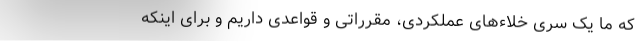
که ما یک سری خلاءهای عملکردی، مقرراتی و قواعدی داریم و برای اینکه